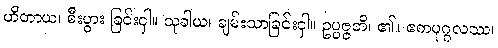
ဟိတာယ၊ စီးပွား ခြင်းငှါ။ သုခါယ၊ ချမ်းသာခြင်းငှါ။ ဥပ္ပဇ္ဇတိ၊ ၏။ ဧကပုဂ္ဂလဿ၊